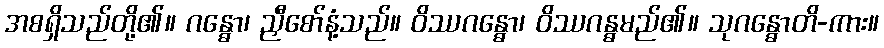
အစရှိသည်တို့၏။ ဂန္ဓော၊ ညှီစော်နံ့သည်။ ဝိဿဂန္ဓော၊ ဝိဿဂန္ဓမည်၏။ သုဂန္ဓောတိ-ကား။